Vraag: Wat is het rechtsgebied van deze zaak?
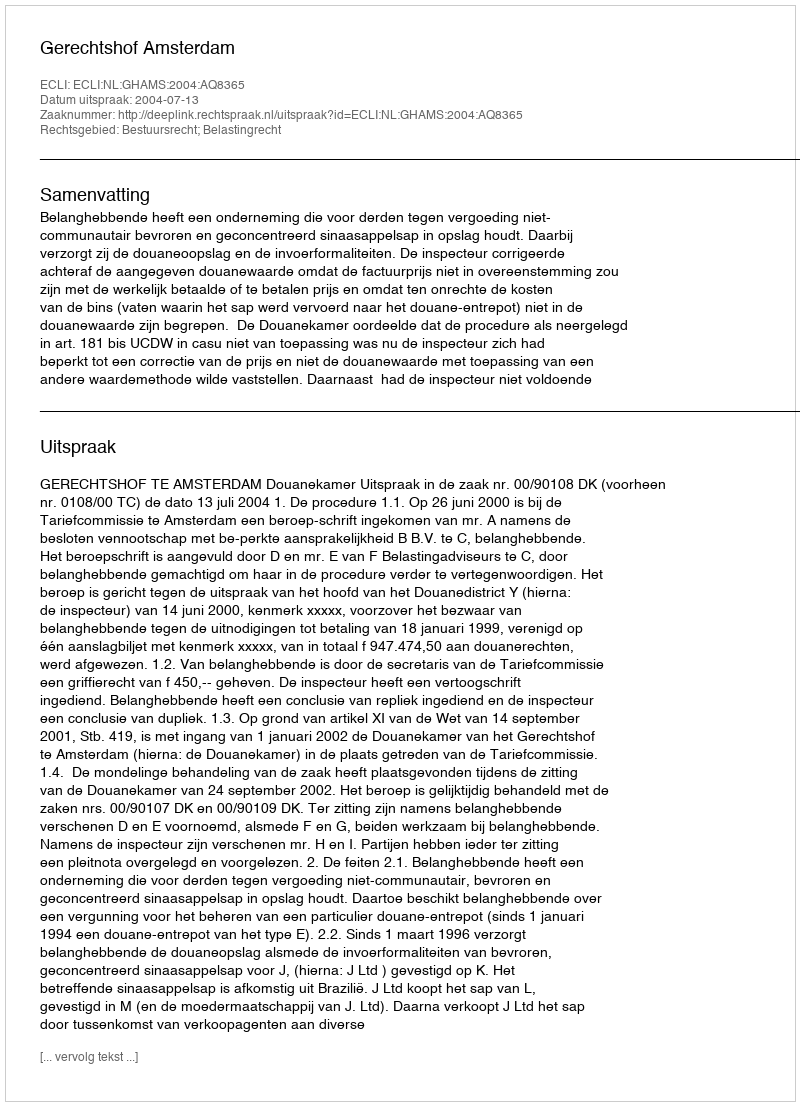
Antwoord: Bestuursrecht; Belastingrecht